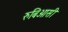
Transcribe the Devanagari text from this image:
रुबिआसी